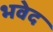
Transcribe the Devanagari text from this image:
भवेद